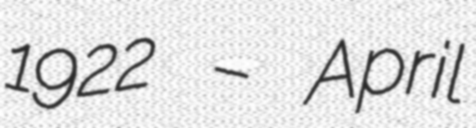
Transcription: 1922 – April